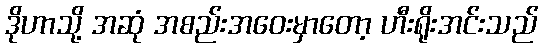
ဒိုဟာသို့ အဆုံ အစည်းအဝေးမှာတော့ ဟီးရိုးအင်းသည်